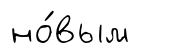
но́вым